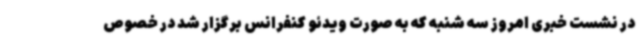
در نشست خبری امروز سه شنبه که به صورت ویدئو کنفرانس برگزار شد در خصوص